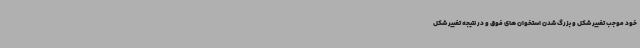
خود موجب تغییر شکل و بزرگ شدن استخوان‌ های فوق و در نتیجه تغییر شکل